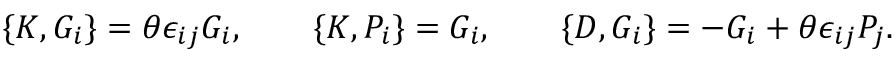
\{ { \cal K } , { \cal G } _ { i } \} = \theta \epsilon _ { i j } { \cal G } _ { i } , \qquad \{ { \cal K } , { \cal P } _ { i } \} = { \cal G } _ { i } , \qquad \{ { \cal D } , { \cal G } _ { i } \} = - { \cal G } _ { i } + \theta \epsilon _ { i j } { \cal P } _ { j } .